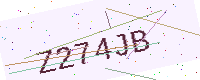
Text: Z274JB